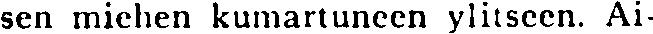
sen miehen kumartuneen ylitseen. Ai-